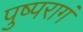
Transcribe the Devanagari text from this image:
पुष्परागं